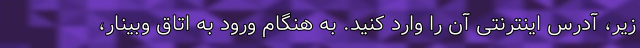
زیر، آدرس اینترنتی آن را وارد کنید. به هنگام ورود به اتاق وبینار،